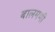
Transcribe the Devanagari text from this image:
बालमणी